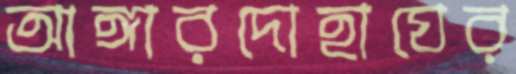
আঙ্গারদোহাঘের